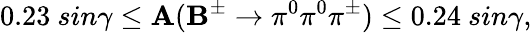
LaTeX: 0.23~sin\gamma\leq\mathbf{A}(\mathbf{B}^{\pm}\to\pi^{0}\pi^{0}\pi^{\pm})\leq0.24~sin\gamma,